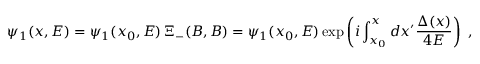
\psi _ { 1 } ( x , E ) = \psi _ { 1 } ( x _ { 0 } , E ) \, \Xi _ { - } ( B , B ) = \psi _ { 1 } ( x _ { 0 } , E ) \exp \left( i \int _ { x _ { 0 } } ^ { x } d x ^ { \prime } \frac { \Delta ( x ) } { 4 E } \right) \ ,